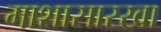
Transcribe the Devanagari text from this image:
माशासारखा